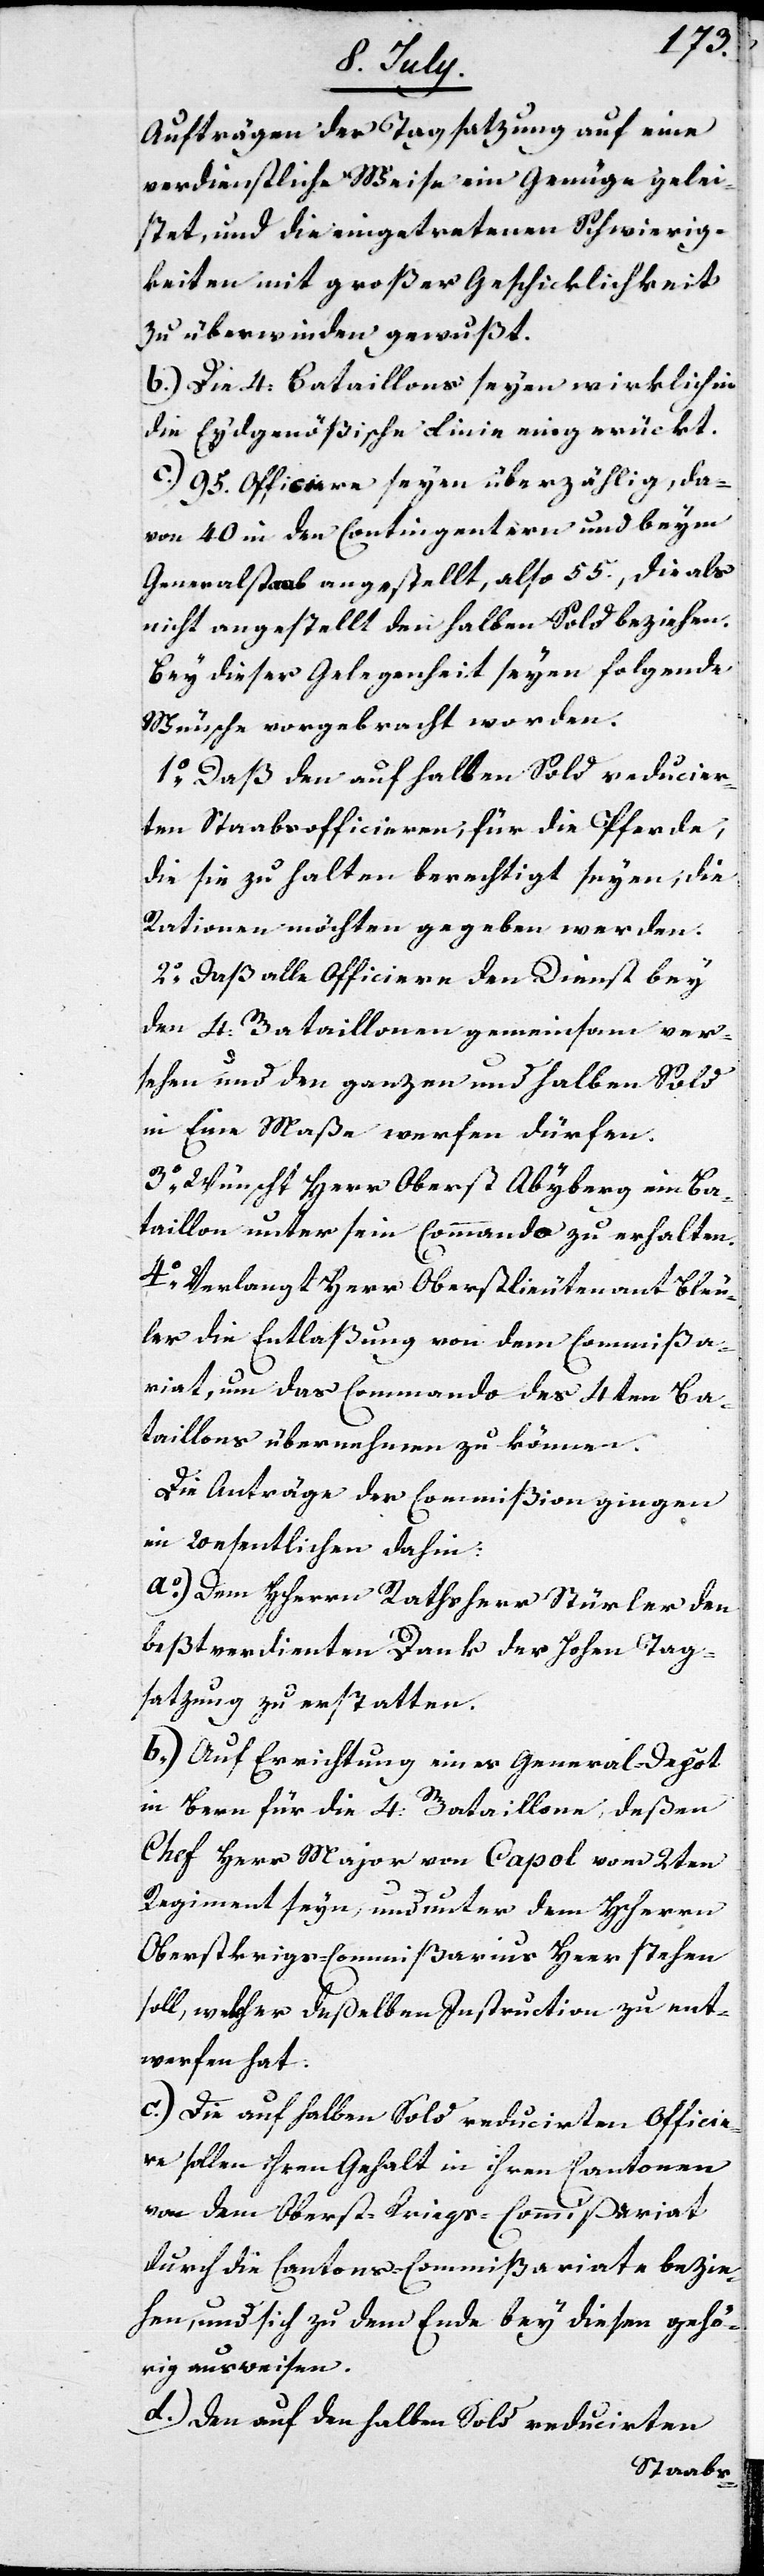
Aufträgen der Tagsatzung auf eine
verdienstliche Weise ein Genügen gelei¬
stet, und die eingetretenen Schwierig¬
keiten mit großer Geschicklichkeit
zu überwinden gewußt.
b.) Die 4. Bataillons seyen wirklich in
die Eydgenößische Linie eingerückt.
c.) 95. Officiere seyen überzählig, da¬
von 40. in den Contingentern und beym
Generalstaab angestellt, als 55, die als
nicht angestellt den halben Sold beziehen.
Bey dieser Gelegenheit seyen folgende
Wünsche vorgebracht worden.
1. Daß den auf halben Sold reducier¬
ten Staabsofficieren, für die Pferde,
die sie zu halten berechtigt seyen, die
Rationen möchten gegeben werden.
2. Daß alle Officiere den Dienst bey
den 4. Bataillonen gemeinsam ver¬
sehen und den ganzen und halben Sold
in Eine Maße werfen dürfen.
3. Wünscht Herr Oberst Abyberg ein Ba¬
taillon unter sein Commando zu erhalten.
4. Verlangt Herr Oberstlieutenant Bleu¬
ler die Entlaßung von dem Commißa¬
riat, um das Commando des 4ten Ba¬
taillons übernehmen zu können.
Die Anträge der Commißion gingen
im Wesentlichen dahin:
a.) Dem HHerrn Rathsherr Stürler den
beßtverdienten Dank der Hohen Tag¬
satzung zu erstatten.
b.) Auf Errichtung eines General-Depôt
in Bern für die 4. Bataillone, deßen
Chef Herr Major von Capol vom 2ten
Regiment seyn, und unter dem HHerrn
Oberstkriegs-Commißarius Heer stehen
soll, welcher deßelben Instruction zu ent¬
werfen hat.
c.) Die auf halben Sold reducierten Officie¬
re sollen ihren Gehalt in ihren Cantonen
von dem Oberst-Kriegs-Commißariat
durch die Cantons-Commißariate bezie¬
hen, und sich zu dem Ende bey diesen gehö¬
rig ausweisen.
d.) Den auf den halben Sold reducierten